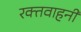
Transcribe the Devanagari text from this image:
रक्तवाहनी